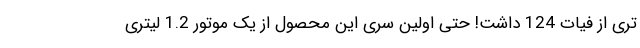
تری از فیات 124 داشت! حتی اولین سری این محصول از یک موتور 1.2 لیتری